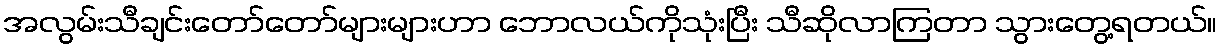
အလွမ်းသီချင်းတော်တော်များများဟာ ဘောလယ်ကိုသုံးပြီး သီဆိုလာကြတာ သွားတွေ့ရတယ်။